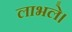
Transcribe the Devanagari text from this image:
लाभले।